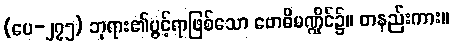
(ပေ-၂၇၅) ဘုရား၏ပွင့်ရာဖြစ်သော ဗောဓိမဏ္ဍိုင်၌။ တနည်းကား။